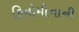
ફિનોમીનાની